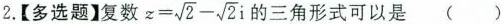
2.【多选题】复数 $$z = \sqrt{2} - \sqrt{2} i$$ 三角形式可以是 ()